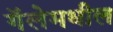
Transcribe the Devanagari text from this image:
गॅलेमधील